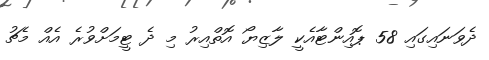
ދެވަނައިގައި 58 ޕޮއިންޓާއެކީ ލާޒިޔޯ އޮތްއިރު މި ދެ ޓީމަށްވުރެ އެއް މެޗު